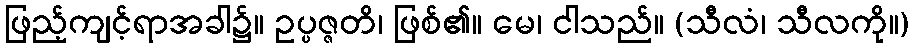
ဖြည့်ကျင့်ရာအခါ၌။ ဥပ္ပဇ္ဇတိ၊ ဖြစ်၏။ မေ၊ ငါသည်။ (သီလံ၊ သီလကို။)